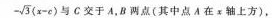
- \sqrt { 3 } ( x - c )$$ 与C交于A，B两点(其中点A在x轴上方)，